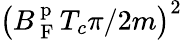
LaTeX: \left(B_{\mathrm{~F~}}^{\mathrm{~p~}}T_{c}\pi/2m\right)^{2}